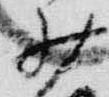
少